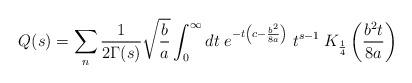
LaTeX: \begin{align*}Q(s)=\sum_n\frac{1}{2\Gamma(s)}\sqrt{\frac{b}{a}}\int_0^{\infty}dt\;e^{-t\left(c-\frac{b^2}{8a}\right)}\;t^{s-1}\;K_{\frac{1}{4}}\left(\frac{b^2t}{8a}\right)\end{align*}